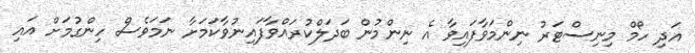
އަދި ހޯމް މިނިސްޓަރު ނިންމަވާފައިވާ އެ ނިންމުން ބަދަލްކުރައްވާފައިނުވާކަމަށާ ނަމަވެސް ހިންގުމަށް އައި